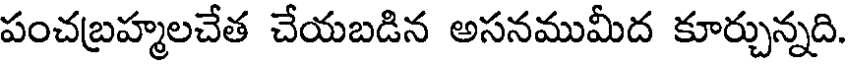
పంచబ్రహ్మలచేత చేయబడిన అసనముమీద కూర్చున్నది.